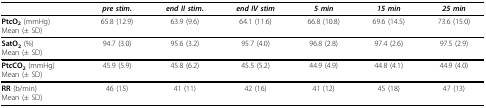
<table><thead><tr><td></td><td><b><i>pre stim</i>.</b></td><td><b><i>end II stim</i>.</b></td><td><b><i>end IV stim</i></b></td><td><b><i>5 min</i></b></td><td><b><i>15 min</i></b></td><td><b><i>25 min</i></b></td></tr></thead><tbody><tr><td><b>PtcO<sub>2 </sub></b>(mmHg)Mean (± SD)</td><td>65.8 (12.9)</td><td>63.9 (9.6)</td><td>64.1 (11.6)</td><td>66.8 (10.8)</td><td>69.6 (14.5)</td><td>73.6 (15.0)</td></tr><tr><td><b>SatO<sub>2 </sub></b>(%)Mean (± SD)</td><td>94.7 (3.0)</td><td>95.6 (3.2)</td><td>95.7 (4.0)</td><td>96.8 (2.8)</td><td>97.4 (2.6)</td><td>97.5 (2.9)</td></tr><tr><td><b>PtcCO<sub>2</sub></b> (mmHg)Mean (± SD)</td><td>45.9 (5.9)</td><td>45.8 (6.2)</td><td>45.5 (5.2)</td><td>44.9 (4.9)</td><td>44.8 (4.1)</td><td>44.9 (4.0)</td></tr><tr><td><b>RR </b>(b/min)Mean (± SD)</td><td>46 (15)</td><td>41 (11)</td><td>42 (16)</td><td>41 (12)</td><td>45 (18)</td><td>47 (13)</td></tr></tbody></table>